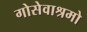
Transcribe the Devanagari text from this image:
गोसेवाश्रमो